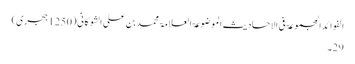
الفوائد المجموعۃ فی الاحادیث الموضوعۃ العلامۃ محمد بن علی الشوکانی (1250 ہجری)
29۔